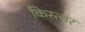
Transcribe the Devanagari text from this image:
किस्त्वर